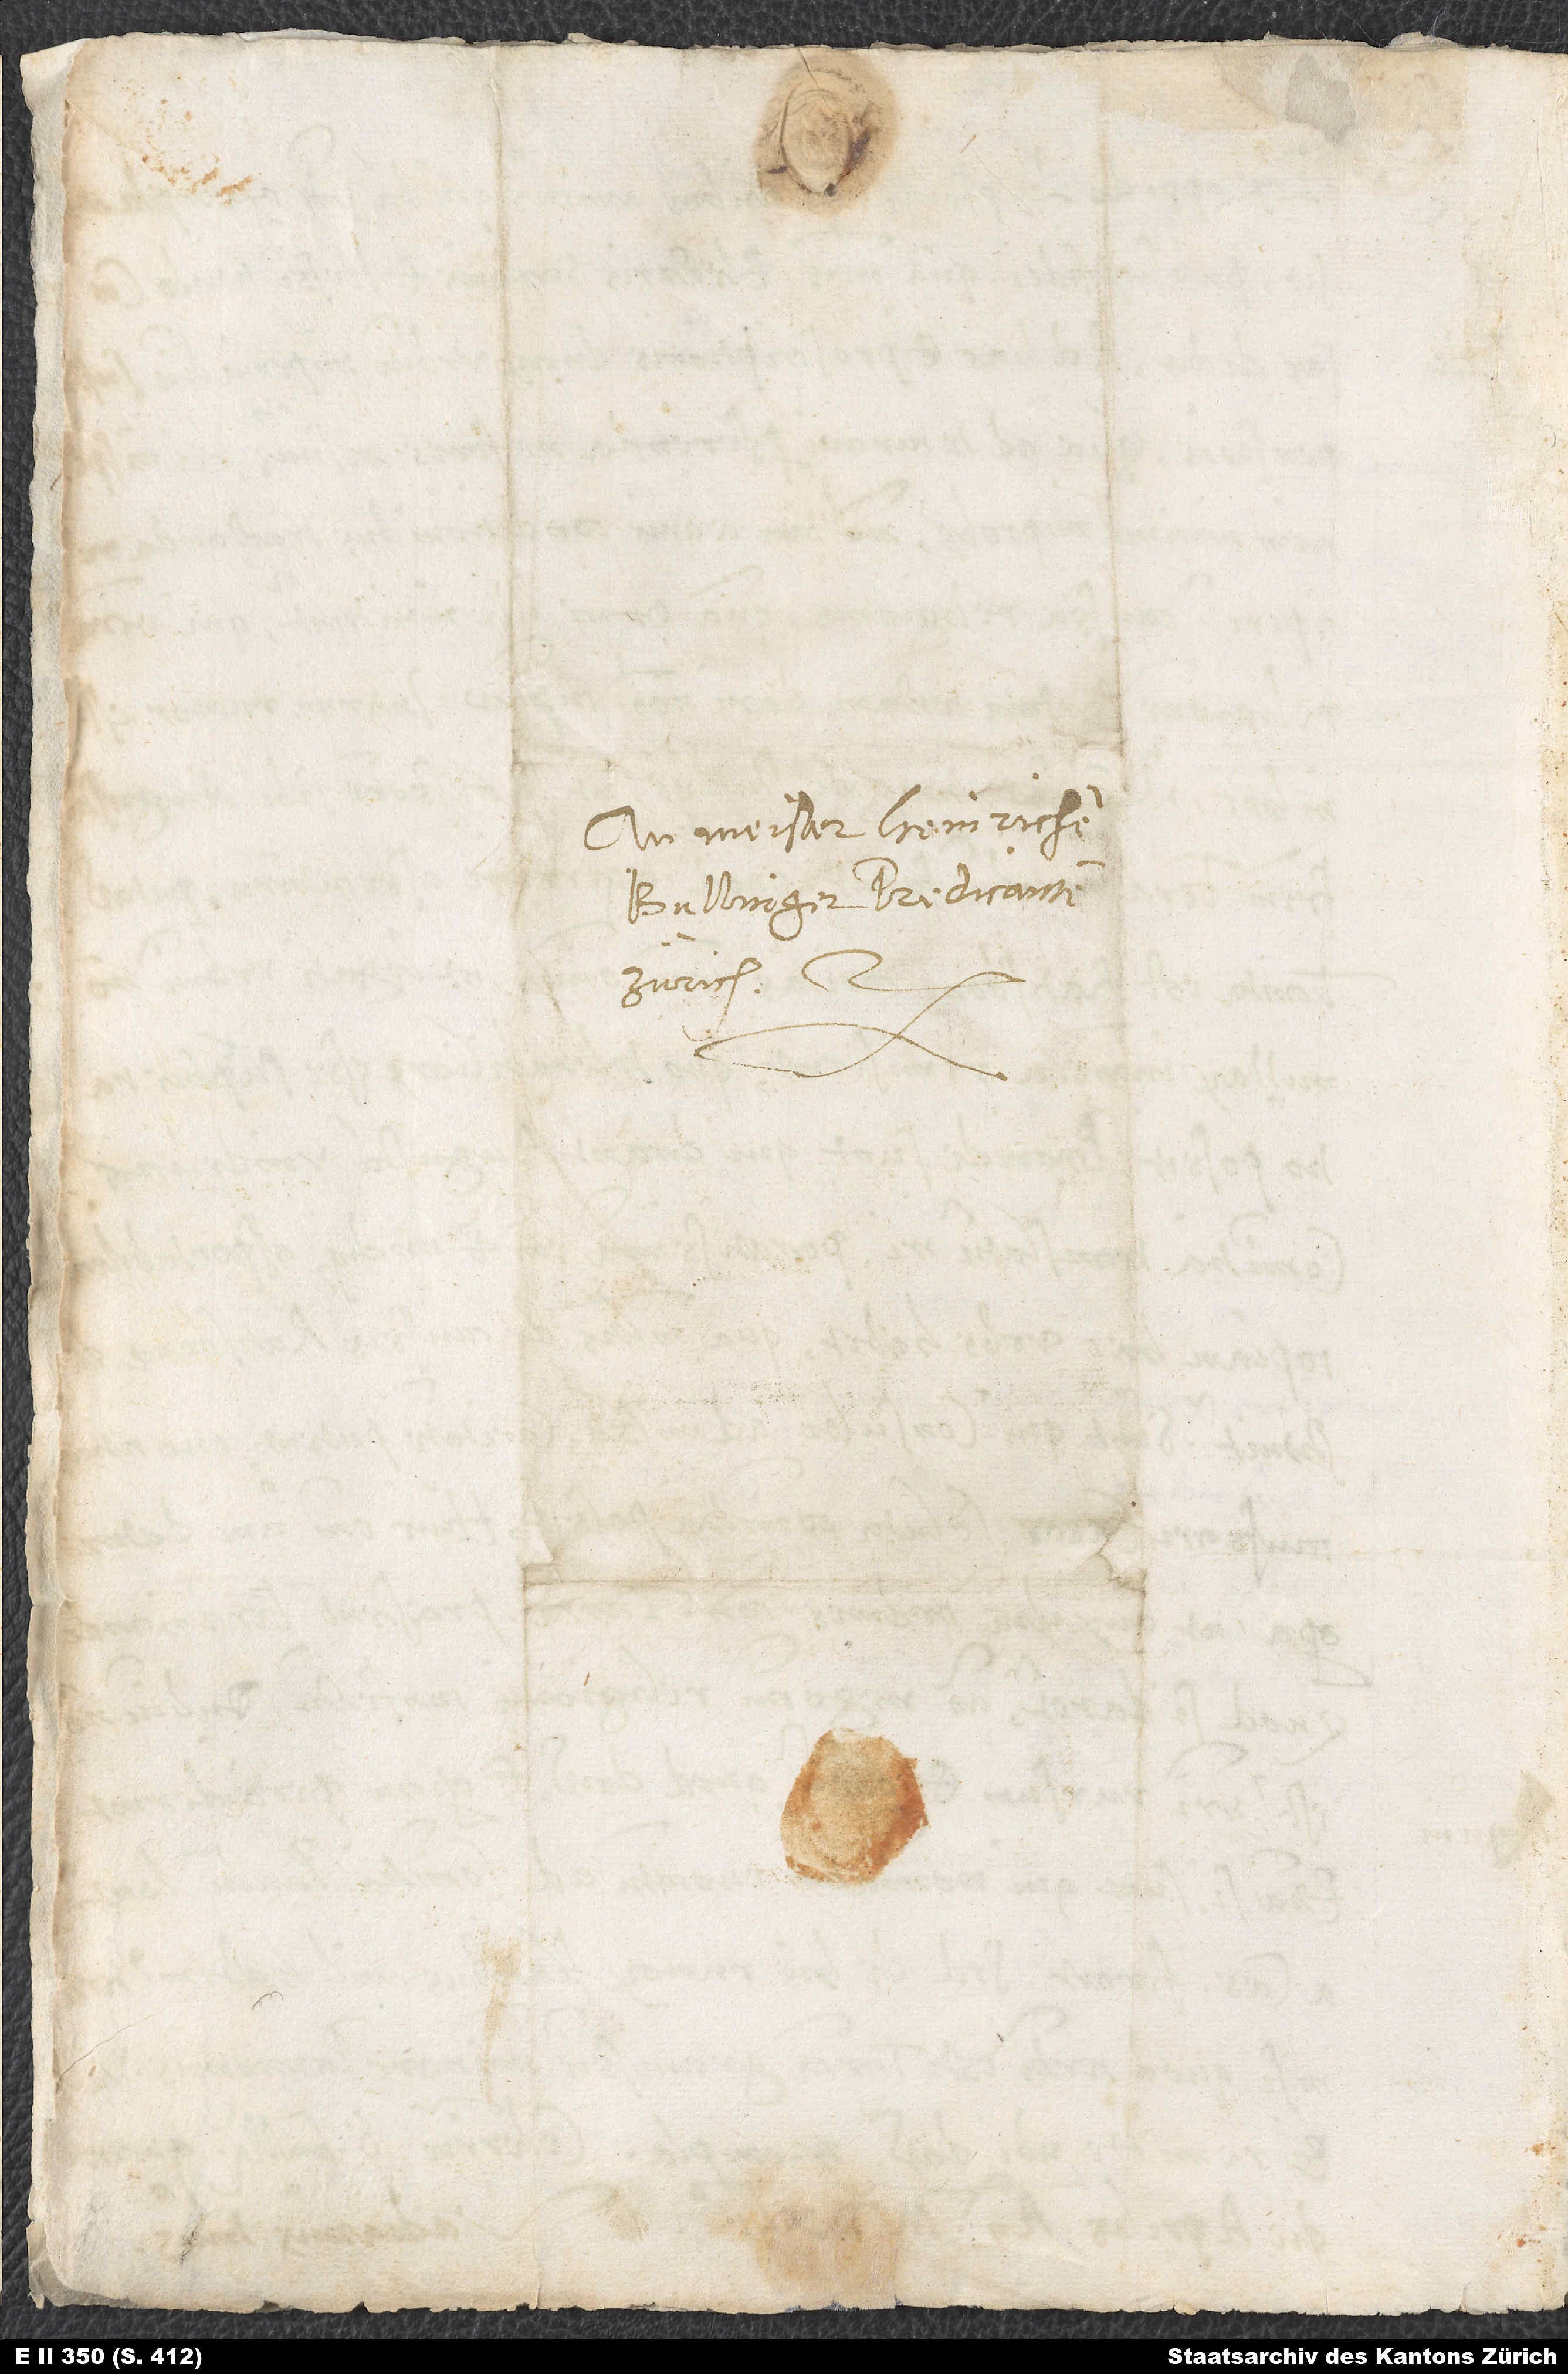
An meister Heinrichen
Bullinger, predicanten
Zürich,